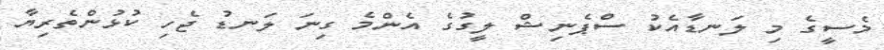
މެސީގެ މި ލަނޑާއެކު ސްޕެނިޝް ލީގުގެ އެންމެ ގިނަ ލަނޑު ޖެހި ކުޅުންތެރިޔާ